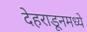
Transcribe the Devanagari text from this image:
देहराडूनमध्ये